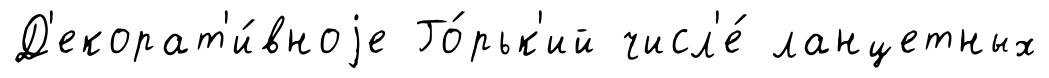
Д'екорат'и́вноjе Го́рьк'ий числ'е́ ланцетных